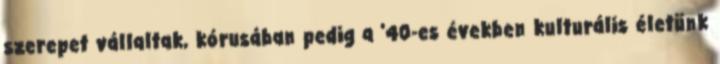
szerepet vállaltak, kórusában pedig a '40-es években kulturális életünk